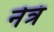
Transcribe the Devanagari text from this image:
नेत्रं